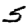
Digit: 5